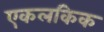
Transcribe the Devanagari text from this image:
एकलकिक